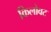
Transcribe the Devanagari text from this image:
किलोवट